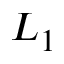
L _ { 1 }